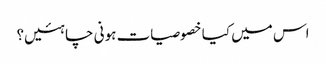
اس میں کیا خصوصیات ہونی چاہئیں؟